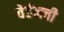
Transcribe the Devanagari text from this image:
वेर्डनची